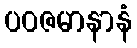
ပဝဇမာနာနံ